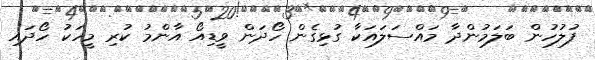
ފުލުހުން ބަލަމުންދާ މައްސަލައަކާ ގުޅިގެން ހޯދަން ވީޑިއޯ އާންމު ކުރި މީހަކު ހޯދައި